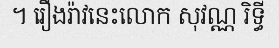
។ រឿងរ៉ាវនេះលោក សុវណ្ណ រិទ្ធី